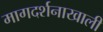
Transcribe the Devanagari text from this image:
मागदर्शनाखाली